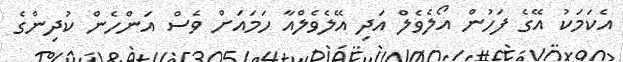
އެކަމަކު އޭގެ ފަހުން އޯލެވެލް އަދި އޭލެވެލްއާ ހަމައަށް ވެސް އަންހެން ކުދިންގެ